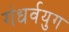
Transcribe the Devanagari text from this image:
गंधर्वयुग